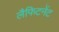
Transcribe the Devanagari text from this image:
लैफिटनेंट